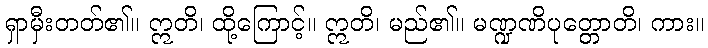
ရှာမှီးတတ်၏။ ဣတိ၊ ထို့ကြောင့်။ ဣတိ၊ မည်၏။ မဏ္ဍဏိပုတ္တောတိ၊ ကား။